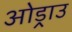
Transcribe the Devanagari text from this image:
ओड्राउ